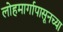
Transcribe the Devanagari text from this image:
लोहमार्गापासूनच्या